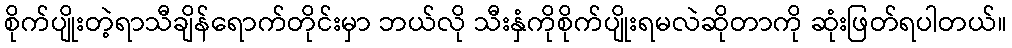
စိုက်ပျိုးတဲ့ရာသီချိန်ရောက်တိုင်းမှာ ဘယ်လို သီးနှံကိုစိုက်ပျိုးရမလဲဆိုတာကို ဆုံးဖြတ်ရပါတယ်။